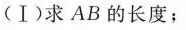
(Ⅰ)求AB的长度；